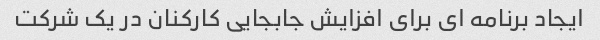
ایجاد برنامه ای برای افزایش جابجایی کارکنان در یک شرکت